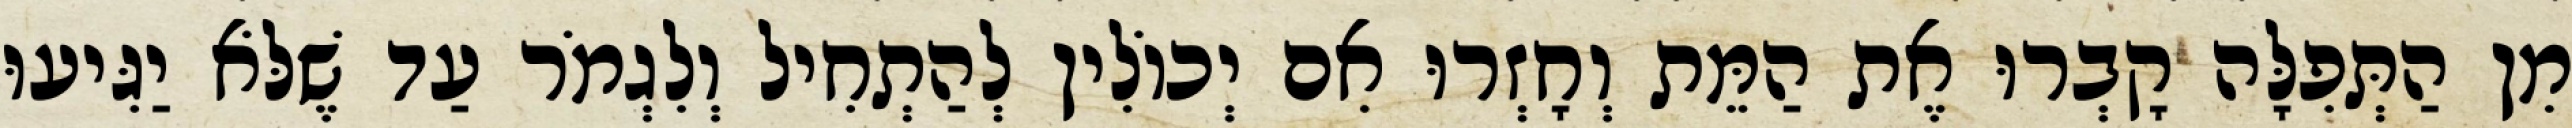
מִן הַתְּפִלָּה קָבְרוּ אֶת הַמֵּת וְחָזְרוּ אִם יְכוֹלִין לְהַתְחִיל וְלִגְמֹר עַד שֶׁלֹּא יַגִּיעוּ